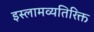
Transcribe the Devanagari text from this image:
इस्लामव्यतिरिक्त